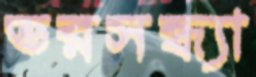
ভরসন্ধ্যা